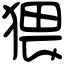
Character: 猥